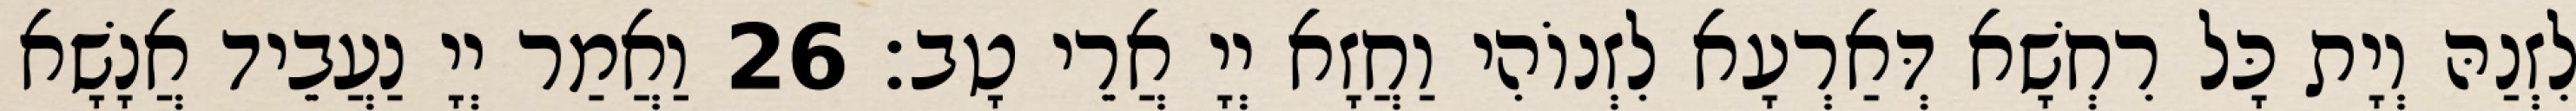
לִזְנַהּ וְיָת כָּל רִחְשָׁא דְּאַרְעָא לִזְנוֹהִי וַחֲזָא יְיָ אֲרֵי טָב׃ 26 וַאֲמַר יְיָ נַעֲבֵיד אֲנָשָׁא